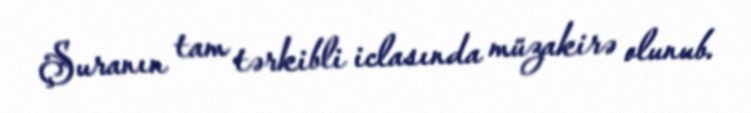
Şuranın tam tərkibli iclasında müzakirə olunub.